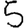
Digit: 5